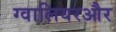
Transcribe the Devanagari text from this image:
ग्वालियरऔर